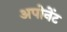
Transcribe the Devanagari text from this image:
अपोनेंट